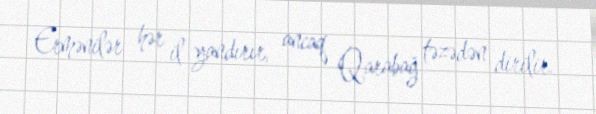
Ermənilər hər il yandırır, ancaq Qarabağ təzədən dirilir.